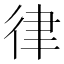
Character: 律